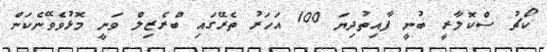
ކޯޗު ސްކޮލާރީ ބުނީ ފާއިތުދިޔަ 100 އަހަރު ތެރޭގައި ބްރެޒިލް ވަނީ މޮޅުވެވޭނެކަން